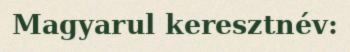
Magyarul keresztnév: